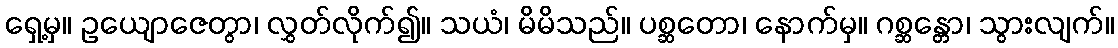
ရှေ့မှ။ ဥယျောဇေတွာ၊ လွှတ်လိုက်၍။ သယံ၊ မိမိသည်။ ပစ္ဆတော၊ နောက်မှ။ ဂစ္ဆန္တော၊ သွားလျက်။